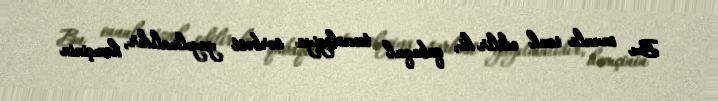
Bu onunla izah edilir ki, qabaqcıl texnologiya sərbəst yayılmalıdır, həmçinin